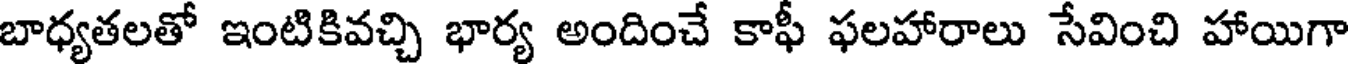
బాధ్యతలతో ఇంటికివచ్చి భార్య అందించే కాఫీ ఫలహారాలు సేవించి హాయిగా